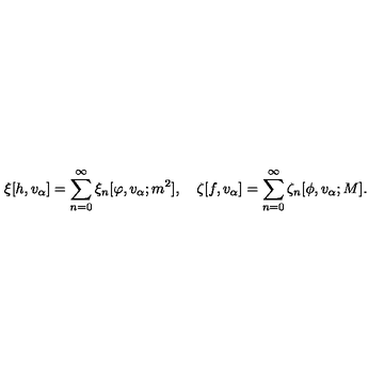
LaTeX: \xi [ h , v _ { \alpha } ] = \sum _ { n = 0 } ^ { \infty } \xi _ { n } [ \varphi , v _ { \alpha } ; m ^ { 2 } ] , \quad \zeta [ f , v _ { \alpha } ] = \sum _ { n = 0 } ^ { \infty } \zeta _ { n } [ \phi , v _ { \alpha } ; M ] .